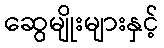
ဆွေမျိုးများနှင့်